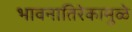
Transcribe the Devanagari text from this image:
भावनातिरेकामुळे